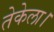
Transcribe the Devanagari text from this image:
तेकेला।